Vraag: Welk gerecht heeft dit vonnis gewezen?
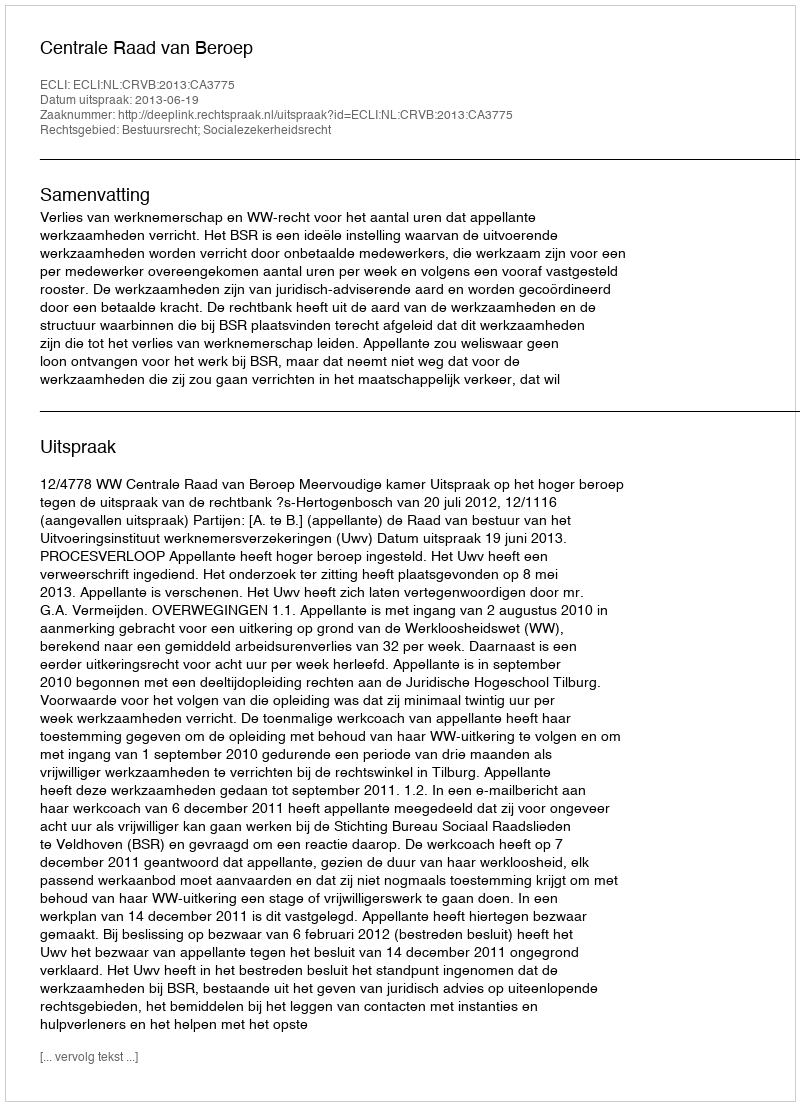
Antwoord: Centrale Raad van Beroep